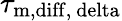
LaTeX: \tau_{\mathrm{m,diff,\ delta}}